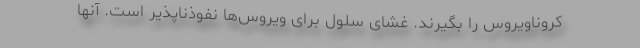
کروناویروس را بگیرند. غشای سلول برای ویروس‌ها نفوذناپذیر است. آنها